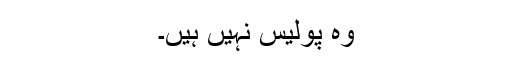
وہ پولیس نہیں ہیں۔